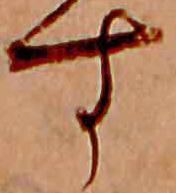
す